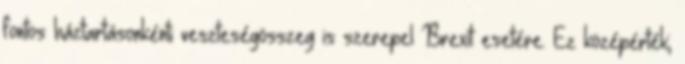
fontos háztartásonkénti veszteségösszeg is szerepel Brexit esetére. Ez középérték;